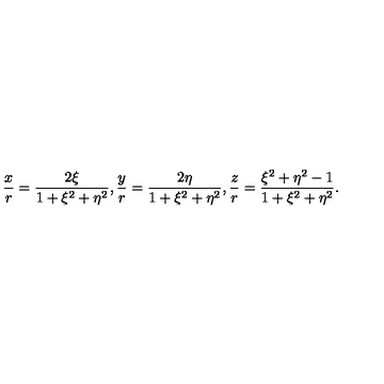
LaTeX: { \frac { x } { r } } = { \frac { 2 \xi } { 1 + \xi ^ { 2 } + \eta ^ { 2 } } } , { \frac { y } { r } } = { \frac { 2 \eta } { 1 + \xi ^ { 2 } + \eta ^ { 2 } } } , { \frac { z } { r } } = { \frac { \xi ^ { 2 } + \eta ^ { 2 } - 1 } { 1 + \xi ^ { 2 } + \eta ^ { 2 } } } .